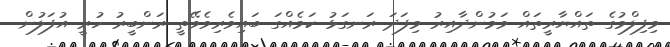
މިފިލްމުގެ ތައްޔާރީތައް ވަމުންދާއިރު މިފަދަ ރަނގަޅު ކަމެއްގަ ބައިވެރިވެވޭތީ ރަންބީރު ހުރީ އުފަލުން